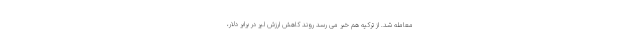
معامله شد. از ترکیه هم خبر می رسد روند کاهش ارزش لیر در برابر دلار،